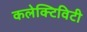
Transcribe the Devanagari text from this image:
कलेक्टिविटी